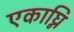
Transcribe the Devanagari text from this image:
एकाघ्नि